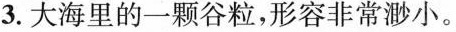
2.形容声势威力很大。